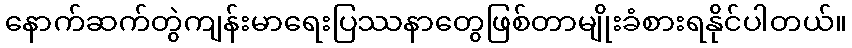
နောက်ဆက်တွဲကျန်းမာရေးပြဿနာတွေဖြစ်တာမျိုးခံစားရနိုင်ပါတယ်။